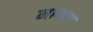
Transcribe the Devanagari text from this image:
नागन